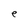
Character: e